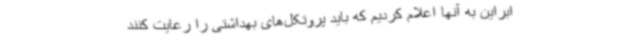
ابراین به آنها اعلام کردیم که باید پروتکل‌های بهداشتی را رعایت کنند